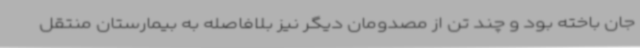
جان باخته بود و چند تن از مصدومان دیگر نیز بلافاصله به بیمارستان منتقل